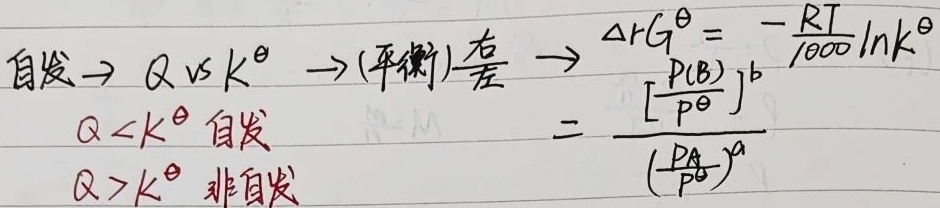
自发 \(\to Q\text{ vs }K^{\theta}\to\text{(平衡)差}\to\)
\[\begin{align*}
\Delta_{r}G^{\theta}&=-\frac{RT}{1000}\ln K^{\theta}\\
&=\frac{\left[\frac{p(\text{B})}{p^{\theta}}\right]^{b}}{\left(\frac{p_{\text{A}}}{p^{\theta}}\right)^{a}}
\end{align*}\]
\(Q < K^{\theta}\) 自发 \(Q > K^{\theta}\) 非自发